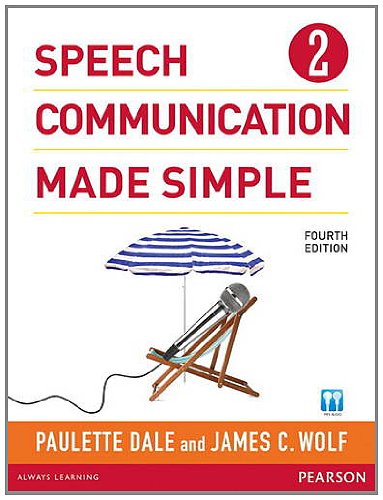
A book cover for Speech Communication Made Simple 2 (with Audio CD) (4th Edition); Paulette Dale; Reference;